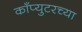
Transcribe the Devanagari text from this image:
काँप्युटरच्या